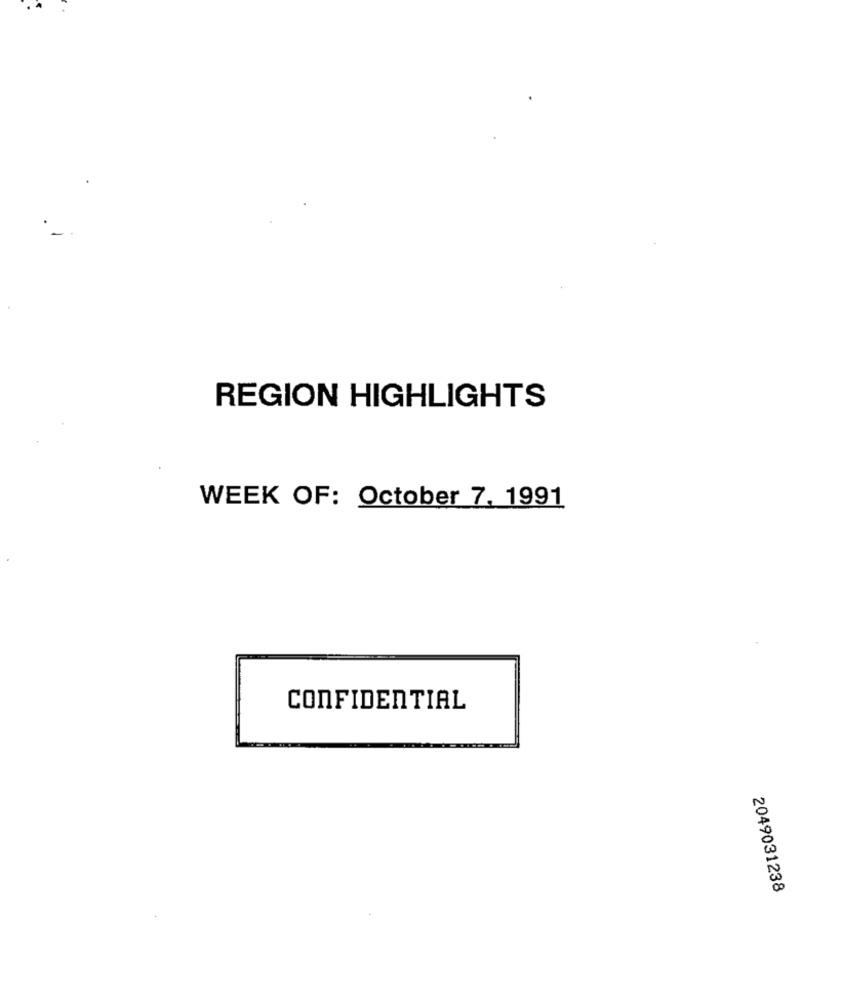
REGION HIGHLIGHTS
WEEK OF: October 7. 1991
CONFIDENTIAL
2049031238